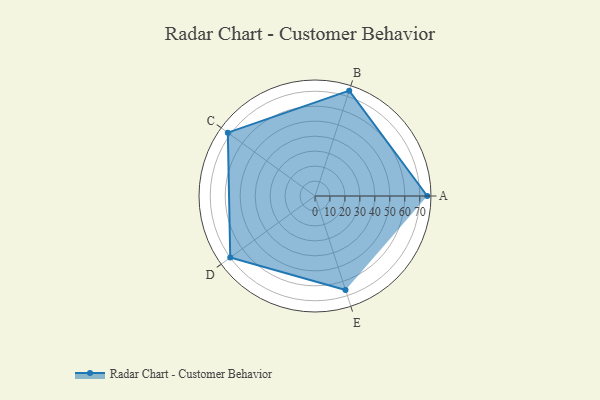
{"axis": {"x": "Skill", "y": "Score"}, "legend": ["Profile"], "data": [{"x": "A", "y": 75.0, "type": "Profile"}, {"x": "B", "y": 74.0, "type": "Profile"}, {"x": "C", "y": 72.0, "type": "Profile"}, {"x": "D", "y": 70.0, "type": "Profile"}, {"x": "E", "y": 66.0, "type": "Profile"}]}